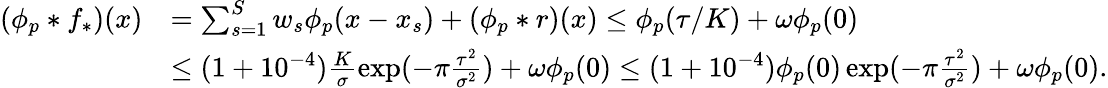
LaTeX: \begin{array}{rl}{(\phi_{p}*f_{*})(x)}&{=\sum_{s=1}^{S}w_{s}\phi_{p}(x-x_{s})+(\phi_{p}*r)(x)\le\phi_{p}(\tau/K)+\omega\phi_{p}(0)}\\ &{\le(1+10^{-4})\frac{K}{\sigma}\exp(-\pi\frac{\tau^{2}}{\sigma^{2}})+\omega\phi_{p}(0)\le(1+10^{-4})\phi_{p}(0)\exp(-\pi\frac{\tau^{2}}{\sigma^{2}})+\omega\phi_{p}(0).}\end{array}